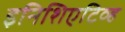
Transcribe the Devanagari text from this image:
इनिशिएटिव्ह